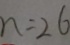
n = 2 6